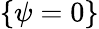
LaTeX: \{ \psi=0\}